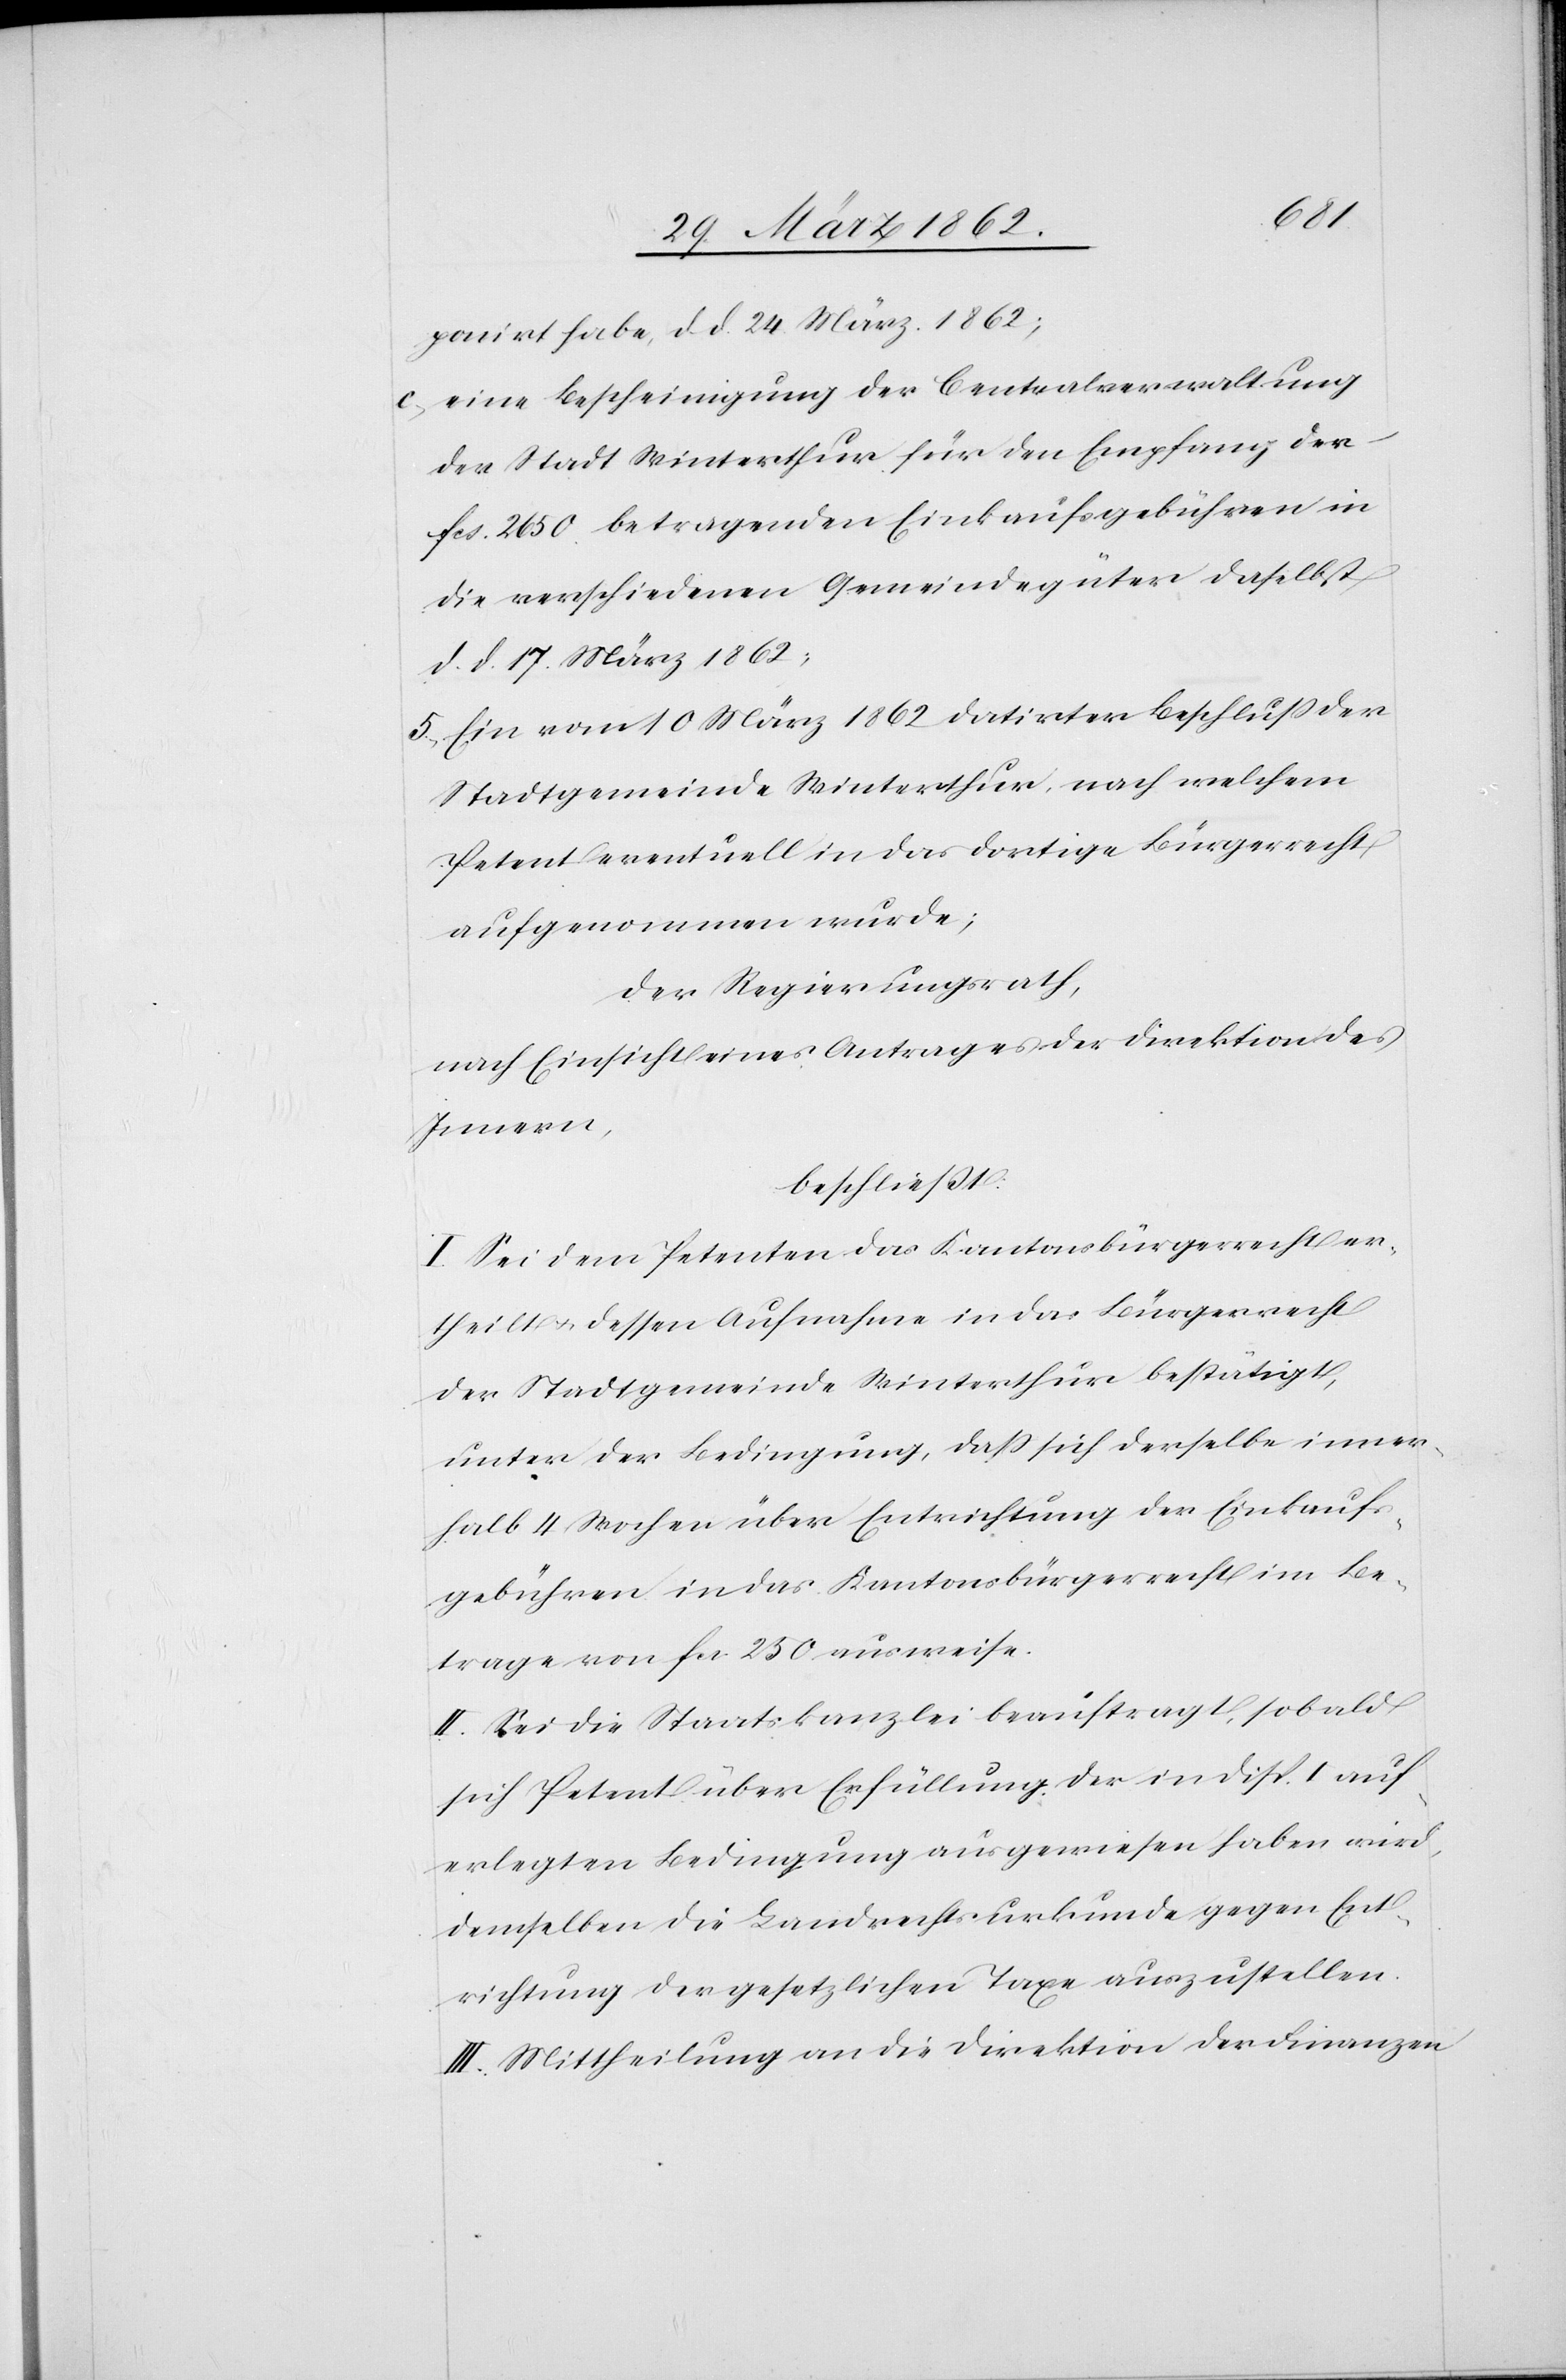
ponirt habe, d. d. 24 März 1862;
c) eine Bescheinigung der Cantonalverwaltung
der Stadt Winterthur für den Empfang der
fcs. 2650 betragenden Einkaufsgebühren in
die verschiedenen Gemeindegüter daselbst
d. d. 17. März 1862;
5) Ein vom 10 März 1862 datirter Beschluß der
Stadtgemeinde Winterthur, nach welchem
Petent eventuell in das dortige Bürgerrecht
aufgenommen wurde;
Der Regierungsrath,
nach Einsicht eines Antrages der Direktion des
Innern,
beschließt:
I. Sei dem Petenten das Kantonsbürgerrecht er¬
theilt u. dessen Aufnahme in das Bürgerrecht
der Stadtgemeinde Winterthur bestätigt,
unter der Bedingung, daß sich derselbe inner¬
halb 4 Wochen über Entrichtung der Einkauf¬
sgebühren in das Kantonsbürgerrecht im Be¬
trage von fcs. 250 ausweise.
II. Sei die Staatskanzlei beauftragt, sobald
sich Petent über Erfüllung der in Disp. I auf¬
erlegten Bedingung ausgewiesen haben wird,
demselben die Landrechtsurkunde gegen Ent¬
richtung der gesetzlichen Taxe auszustellen.
III. Mittheilung an die Direktion der Finanzen